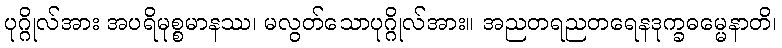
ပုဂ္ဂိုလ်အား အပရိမုစ္စမာနဿ၊ မလွတ်သောပုဂ္ဂိုလ်အား။ အညတရညတရေနဒုက္ခဓမ္မေနာတိ၊